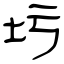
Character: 圬